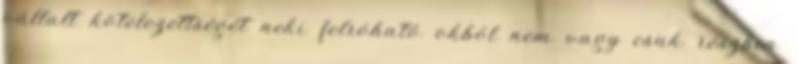
vállalt kötelezettségét neki felróható okból nem vagy csak részben